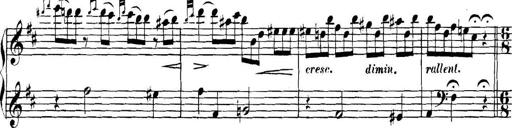
Title: Collected Piano Sonatas
Composer: Muzio Clementi